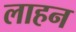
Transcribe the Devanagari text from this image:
लाहन